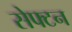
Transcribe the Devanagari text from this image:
सेफ्टन